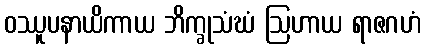
ဝဿူပနာယိကာယ ဘိက္ခုသံဃံ ဩဟာယ ရာဇဂဟံ